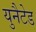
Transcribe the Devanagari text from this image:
युनैटेड